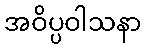
အဝိပ္ပဝါသနာ